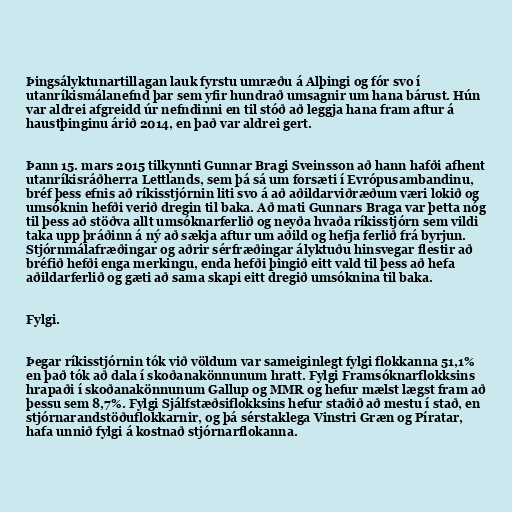
Þingsályktunartillagan lauk fyrstu umræðu á Alþingi og fór svo í
utanríkismálanefnd þar sem yfir hundrað umsagnir um hana bárust. Hún
var aldrei afgreidd úr nefndinni en til stóð að leggja hana fram aftur á
haustþinginu árið 2014, en það var aldrei gert.

Þann 15. mars 2015 tilkynnti Gunnar Bragi Sveinsson að hann hafði afhent
utanríkisráðherra Lettlands, sem þá sá um forsæti í Evrópusambandinu,
bréf þess efnis að ríkisstjórnin liti svo á að aðildarviðræðum væri lokið og
umsóknin hefði verið dregin til baka. Að mati Gunnars Braga var þetta nóg
til þess að stöðva allt umsóknarferlið og neyða hvaða ríkisstjórn sem vildi
taka upp þráðinn á ný að sækja aftur um aðild og hefja ferlið frá byrjun.
Stjórnmálafræðingar og aðrir sérfræðingar ályktuðu hinsvegar flestir að
bréfið hefði enga merkingu, enda hefði þingið eitt vald til þess að hefa
aðildarferlið og gæti að sama skapi eitt dregið umsóknina til baka.

Fylgi.

Þegar ríkisstjórnin tók við völdum var sameiginlegt fylgi flokkanna 51,1%
en það tók að dala í skoðanakönnunum hratt. Fylgi Framsóknarflokksins
hrapaði í skoðanakönnunum Gallup og MMR og hefur mælst lægst fram að
þessu sem 8,7%. Fylgi Sjálfstæðsiflokksins hefur staðið að mestu í stað, en
stjórnarandstöðuflokkarnir, og þá sérstaklega Vinstri Græn og Píratar,
hafa unnið fylgi á kostnað stjórnarflokanna.